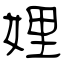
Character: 娌